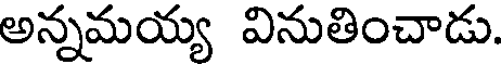
అన్నమయ్య వినుతించాడు.